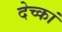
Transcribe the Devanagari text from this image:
देच्कां